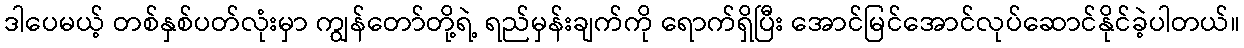
ဒါပေမယ့် တစ်နှစ်ပတ်လုံးမှာ ကျွန်တော်တို့ရဲ့ ရည်မှန်းချက်ကို ရောက်ရှိပြီး အောင်မြင်အောင်လုပ်ဆောင်နိုင်ခဲ့ပါတယ်။